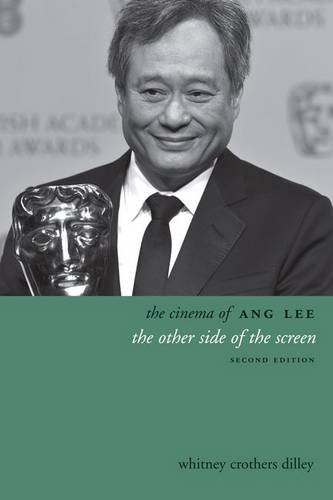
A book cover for The Cinema of Ang Lee: The Other Side of the Screen (Directors' Cuts); Whitney Crothers Dilley; Humor & Entertainment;